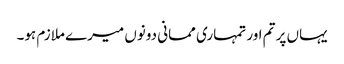
یہاں پر تم اور تمہاری ممانی دونوں میرے ملازم ہو۔